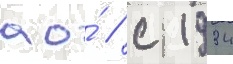
ао́ / с 1934